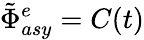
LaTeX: \tilde{\Phi}_{asy}^{e}=C(t)